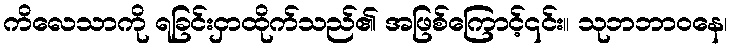
ကိလေသာကို ရခြင်းငှာထိုက်သည်၏ အဖြစ်ကြောင့်၎င်း။ သုဘဘာဝနေ၊